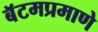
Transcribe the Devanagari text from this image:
बॅटमप्रमाणे